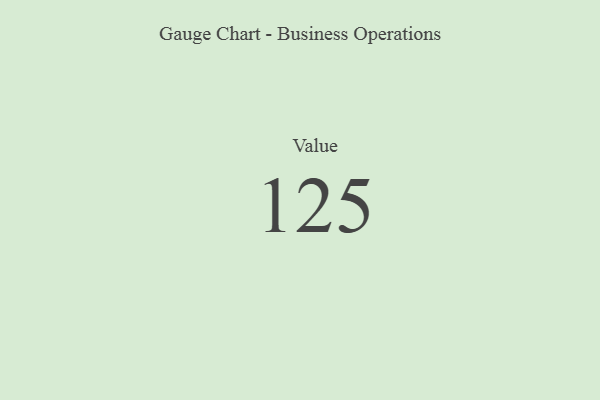
{"axis": {"x": "Metric", "y": "Value"}, "legend": [""], "data": [{"x": "Value", "y": 125, "type": ""}]}